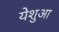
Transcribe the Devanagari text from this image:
येशुआ